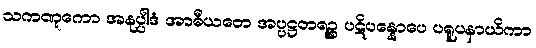
သကဏ္ဋကော အနုပ္ပါဒံ အာဓီယတေ အပ္ပဋ္ဌတရဉ္စ ပဋိပန္နောပေ ပရူပနာယိကာ